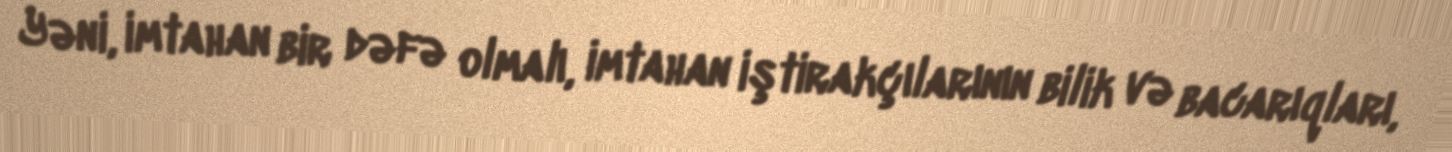
Yəni, imtahan bir dəfə olmalı, imtahan iştirakçılarının bilik və bacarıqları,